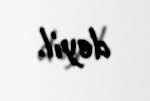
deyil.